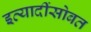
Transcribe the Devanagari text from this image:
इत्यादींसोबत